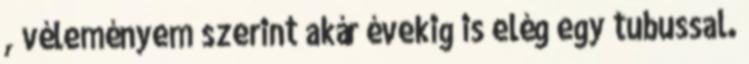
, véleményem szerint akár évekig is elég egy tubussal.